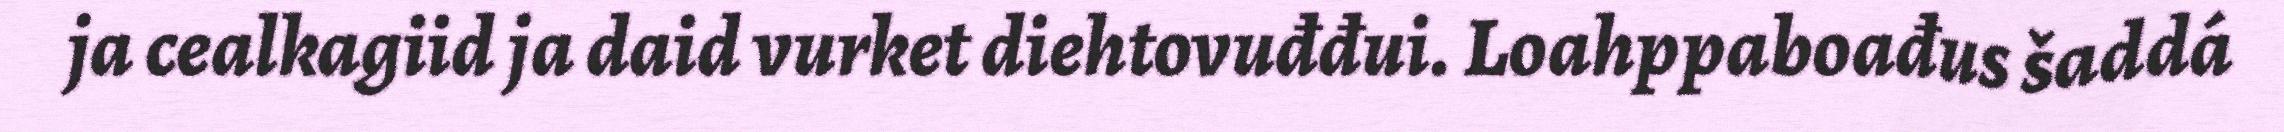
ja cealkagiid ja daid vurket diehtovuđđui. Loahppaboađus šaddá